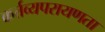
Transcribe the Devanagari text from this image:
कर्त्तव्यपरायणता